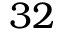
3 2